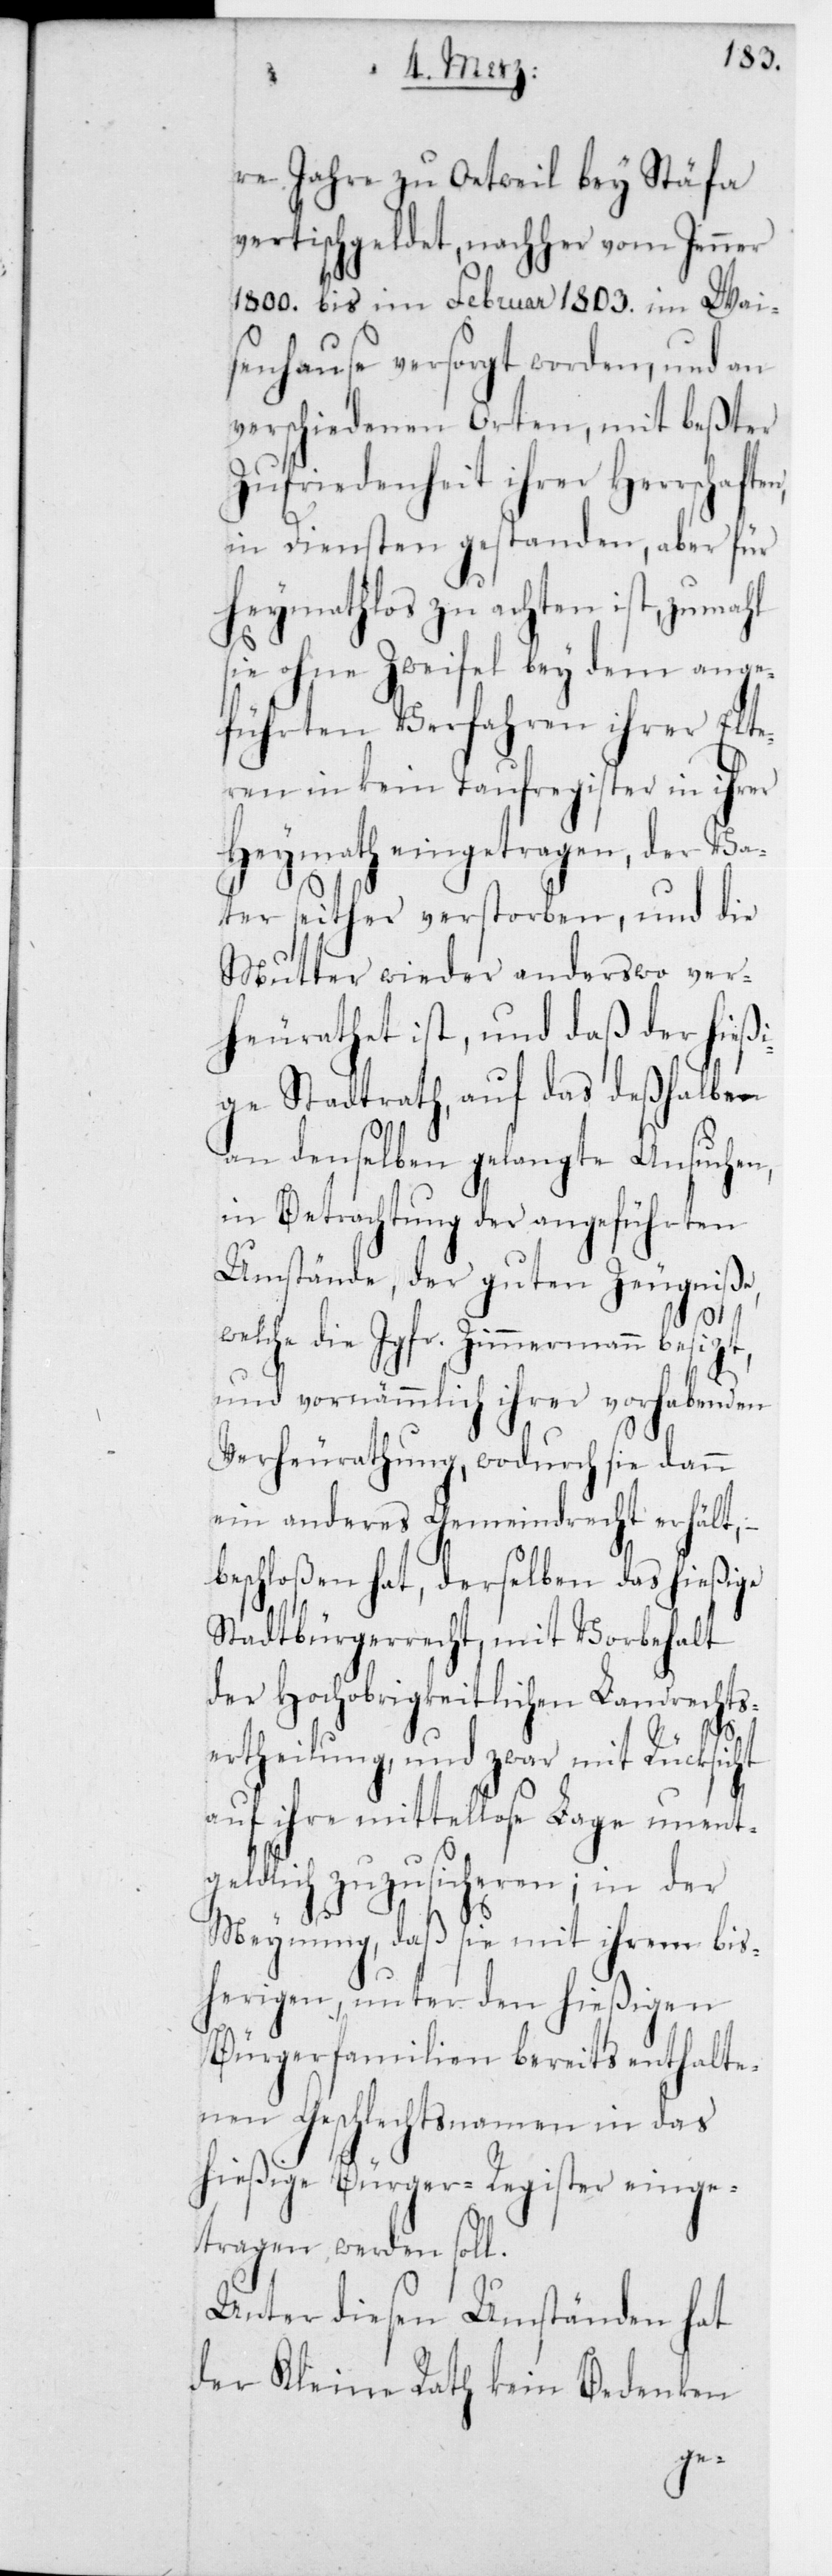
re Jahre zu Oetweil bey Stäfa
vertischgeldet, nachher vom Jenner
1800 bis im Februar 1803 im Wai¬
senhause versorgt worden, und an
verschiedenen Orten, mit bester
Zufriedenheit ihrer Herrschaft¬
in Diensten gestanden, aber für
heymathlos zu achten ist, zumal
sie ohne Zweifel bey dem ange¬
führten Verfahren ihrer Elte¬
ren in kein Taufregister in ihrer
Heymath eingetragen, der Va¬
ter seither verstorben, und die
Mutter wieder anderswo ver¬
heuratet ist, und daß der hießi¬
ge Stadtrath, auf das deßhalben
an denselben gelangte Ansuchen,
in Betrachtung der angeführten
Umstände, der guten Zeugniße,
welche die Jgfr. Zimmermann besizt,
und vornämmlich ihrer vorhabenden
Verheurathung, wodurch sie dann
ein anderes Gemeindrecht erhält, –
beschloßen hat, derselben das hießige
Stadtbürgerrecht mit Vorbehalt
der Hochobrigkeitlichen Landrechts¬
ertheilung, und zwar mit Rücksicht
auf ihre mittellose Lage unent¬
geldlich zuzusicheren; in der
Meynung, daß sie mit ihrem bis¬
herigen, unter den hießigen
Bürgerfamilien bereits enthalte¬
nen Geschlechtsnamen in das
hießige Bürger-Register einge¬
tragen werden soll.
Unter diesen Umständen hat
der Kleine Rath kein Bedenken
en,